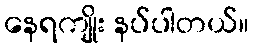
နေရကျိုး နပ်ပါတယ်။